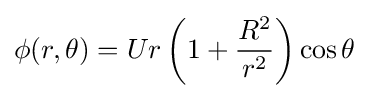
\phi (r,\theta )=Ur\left(1+{\frac {R^{2}}{r^{2}}}\right)\cos \theta